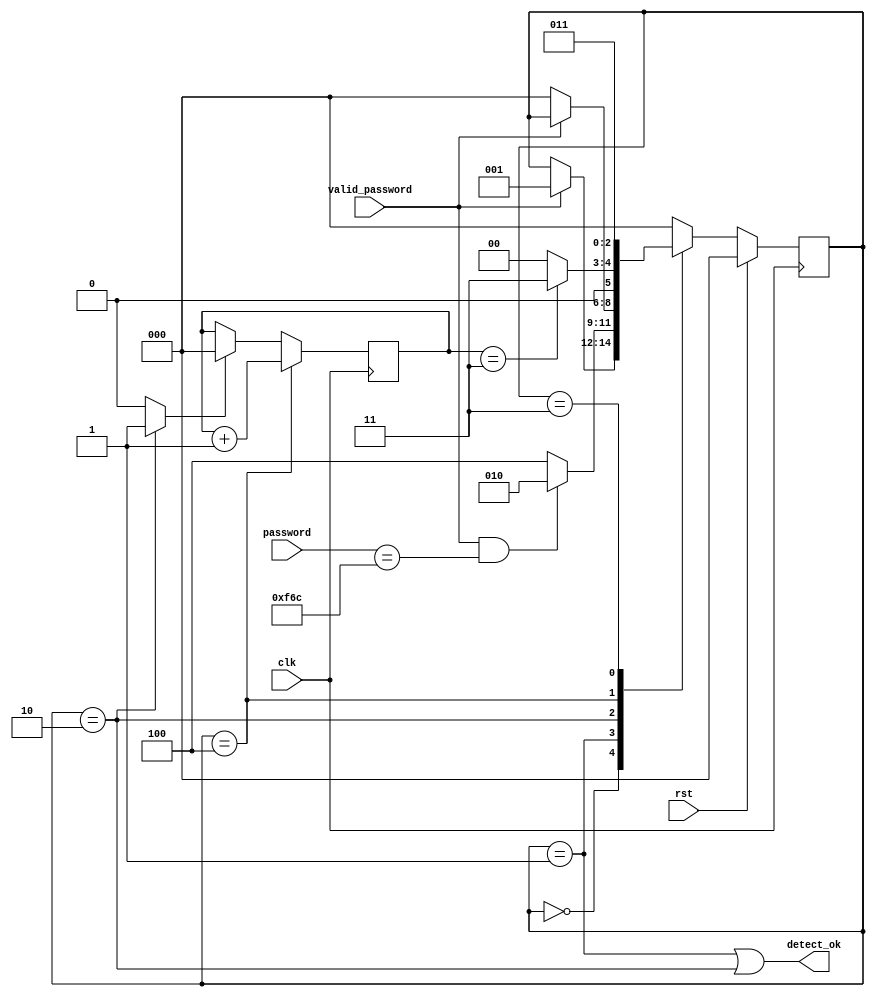
`timescale 1ns / 1ps

module safe_box_fsm(
                    input clk,
                    input rst,
                    input valid_password,
                    input [11:0] password,
                    output detect_ok
                   );
                   
localparam WAIT_PASSWORD = 3'b000;
localparam CHECK_CODE = 3'b001;
localparam RIGHT_CODE = 3'b010;
localparam WRONG_CODE = 3'b100;
localparam STOP = 3'b011;

reg [2:0] state, next_state;
reg [2:0] counter;
reg counter_clear;

always@(posedge clk) begin
    if(rst == 1)
        state <= WAIT_PASSWORD;
    else
        state <= next_state;
end

always@(posedge clk) begin
    if(state == WRONG_CODE)
        counter = counter + 1;
    else if(counter_clear == 1)
        counter = 3'd0;
end

always@(*)
begin

    next_state = state;
    counter_clear = 0;
    
    case(state)
            WAIT_PASSWORD: begin
                               if(valid_password == 1) next_state = CHECK_CODE;
                           end
            CHECK_CODE:    begin
                               if((valid_password == 1)&&(password == 12'd3948))
                               begin 
                               next_state = RIGHT_CODE;
                               end else
                               begin
                               next_state = WRONG_CODE;
                               end
                           end
            RIGHT_CODE:    begin
                               if(valid_password == 0) next_state = WAIT_PASSWORD;
                               counter_clear = 1;
                           end
            WRONG_CODE:    begin
                               if(counter == 3'd3) 
                               begin
                               next_state = STOP;
                               end else
                               begin
                               next_state = WAIT_PASSWORD;
                               end
                           end
            STOP:          begin
                               next_state = STOP;
                           end
            default: next_state = WAIT_PASSWORD;
    endcase
end

assign detect_ok = (state == CHECK_CODE)||(state == RIGHT_CODE);

endmodule